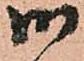
御